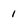
Character: 1